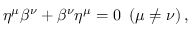
\eta ^ { \mu } \beta ^ { \nu } + \beta ^ { \nu } \eta ^ { \mu } = 0 \ \left( \mu \neq \nu \right) ,